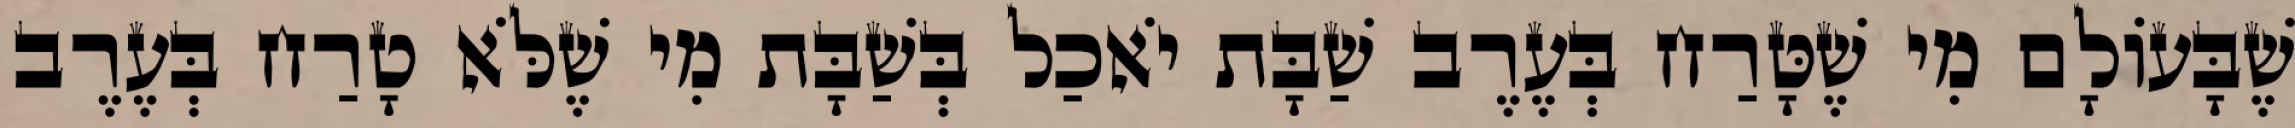
שֶׁבָּעוֹלָם מִי שֶׁטָּרַח בְּעֶרֶב שַׁבָּת יֹאכַל בְּשַׁבָּת מִי שֶׁלֹּא טָרַח בְּעֶרֶב